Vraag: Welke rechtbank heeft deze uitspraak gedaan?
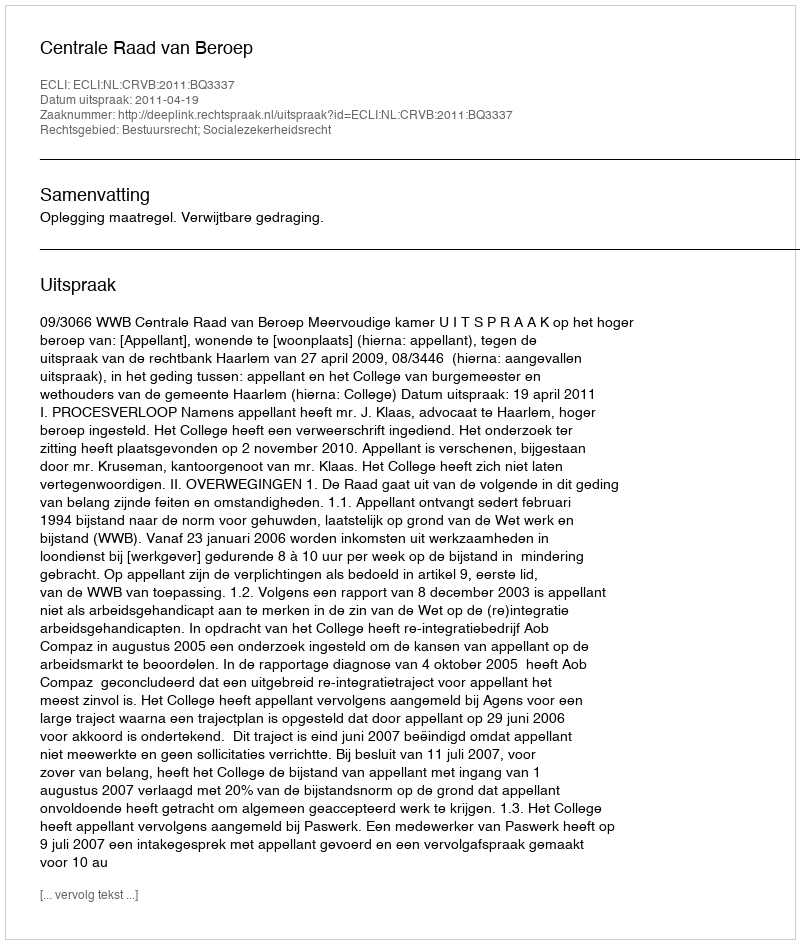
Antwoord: Centrale Raad van Beroep